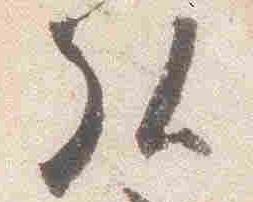
弘